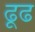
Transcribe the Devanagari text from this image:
ढूढ